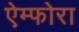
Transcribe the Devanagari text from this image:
ऐम्फोरा